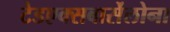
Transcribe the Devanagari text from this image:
टेडएक्सबार्सेलोना